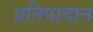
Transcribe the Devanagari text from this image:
प्रतिपादान